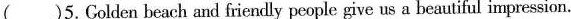
( )5.Golden beach and friendly people give us a beautiful impression.